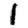
Digit: 1